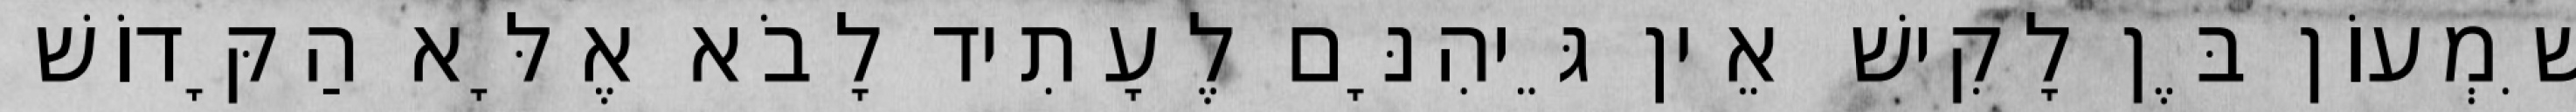
שִׁמְעוֹן בֶּן לָקִישׁ אֵין גֵּיהִנָּם לֶעָתִיד לָבֹא אֶלָּא הַקָּדוֹשׁ